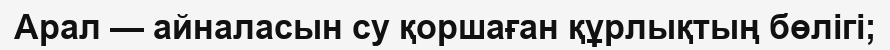
Арал — айналасын су қоршаған құрлықтың бөлігі;